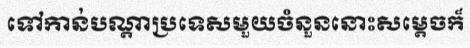
ទៅកាន់បណ្តាប្រទេសមួយចំនួននោះសម្តេចក៏